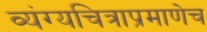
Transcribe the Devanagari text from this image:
व्यंग्यचित्राप्रमाणेच